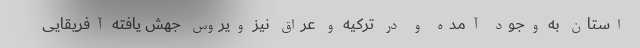
استان به وجود آمده و در ترکیه و عراق نیز ویروس جهش یافته آفریقایی